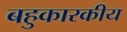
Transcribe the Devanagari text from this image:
बहुकारकीय